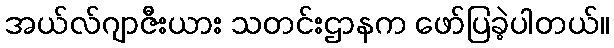
အယ်လ်ဂျာဇီးယား သတင်းဌာနက ဖော်ပြခဲ့ပါတယ်။